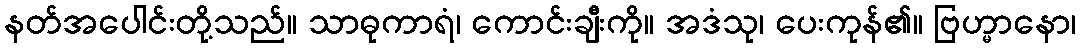
နတ်အပေါင်းတို့သည်။ သာဓုကာရံ၊ ကောင်းချီးကို။ အဒံသု၊ ပေးကုန်၏။ ဗြဟ္မာနော၊